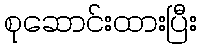
စုဆောင်းထားပြီး